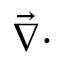
{ \vec { \nabla } } \cdot